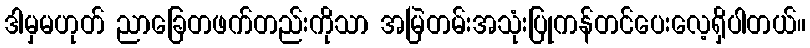
ဒါမှမဟုတ် ညာခြေတဖက်တည်းကိုသာ အမြဲတမ်းအသုံးပြုကန်တင်ပေးလေ့ရှိပါတယ်။